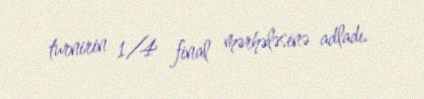
turnirin 1/4 final mərhələsinə adladı.